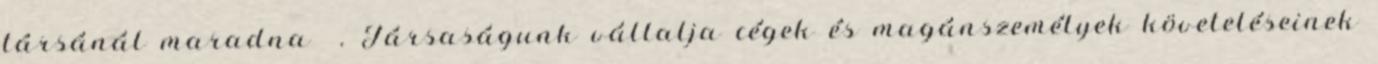
társánál maradna . Társaságunk vállalja cégek és magánszemélyek követeléseinek